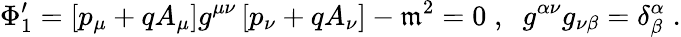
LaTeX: \Phi_{1}^{\prime}=\left[p_{\mu}+qA_{\mu}\right]g^{\mu\nu}\left[p_{\nu}+qA_{\nu}\right]-\mathfrak{m}^{2}=0\; ,\; \; g^{\alpha\nu}g_{\nu\beta}=\delta_{\beta}^{\alpha}\; .